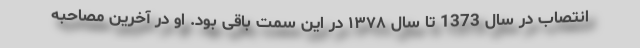
انتصاب در سال 1373 تا سال ۱۳۷۸ در این سمت باقی بود. او در آخرین مصاحبه